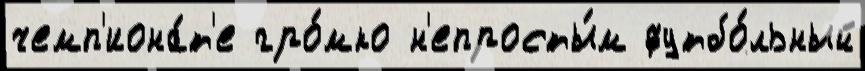
чемп'иона́т'е гро́мко н'епросты́м футбо́льный